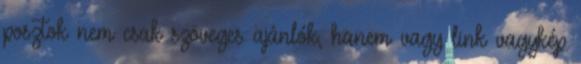
posztok nem csak szöveges ajánlók, hanem vagy link vagykép